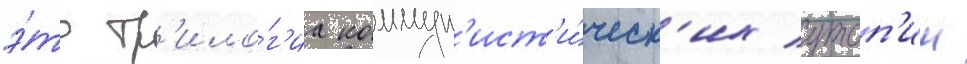
э́то тр'ило́г'иа коммун'ист'и́ческ'их утоп'ии